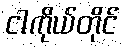
ငါကိုယ်တိုင်